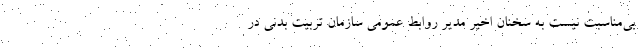
بی‌مناسبت نیست به سخنان اخیر مدیر روابط عمومی سازمان تربیت بدنی در